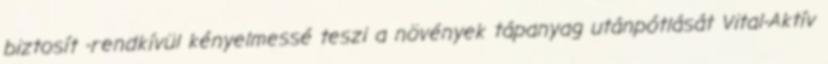
biztosít -rendkívül kényelmessé teszi a növények tápanyag utánpótlását Vital-Aktív